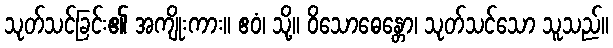
သုတ်သင်ခြင်း၏ အကျိုးကား။ ဧဝံ၊ သို့။ ဝိသောဓေန္တော၊ သုတ်သင်သော သူသည်။